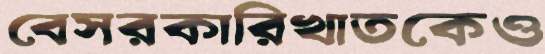
বেসরকারিখাতকেও